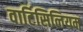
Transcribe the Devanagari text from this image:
वार्टिसिलियम